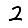
Digit: 2